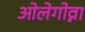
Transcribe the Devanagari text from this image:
ओलेगोव्ना